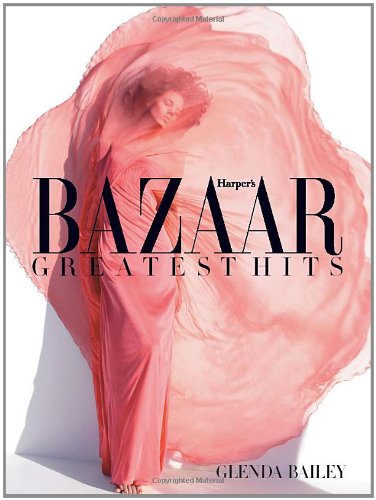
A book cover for Harper's Bazaar: Greatest Hits; Glenda Bailey; Humor & Entertainment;